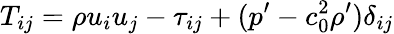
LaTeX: T_{ij}=\rho u_{i}u_{j}-\tau_{ij}+(p^{\prime}-c_{0}^{2}\rho^{\prime})\delta_{ij}